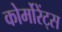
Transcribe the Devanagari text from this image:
कोर्मोरेंट्स